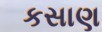
કસાણ